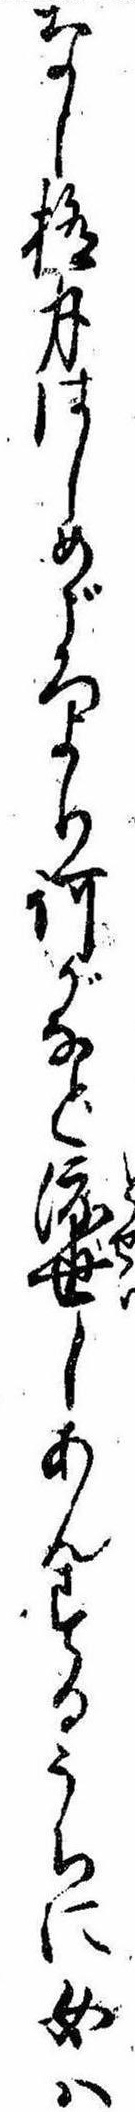
なし極月はしめごろより何がなと渡世しあんするうちに女は